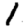
Digit: 1